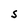
Character: S